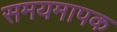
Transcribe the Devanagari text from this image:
समयमापक